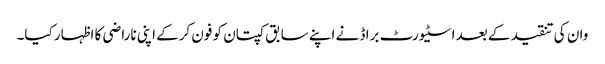
وان کی تنقید کے بعد اسٹیورٹ براڈ نے اپنے سابق کپتان کو فون کرکے اپنی ناراضی کا اظہار کیا۔